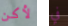
لأكن في